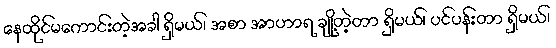
နေထိုင်မကောင်းတဲ့အခါ ရှိမယ်၊ အစာ အာဟာရ ချို့တဲ့တာ ရှိမယ်၊ ပင်ပန်းတာ ရှိမယ်၊